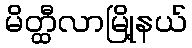
မိတ္ထီလာမြို့နယ်